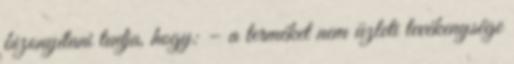
bizonyítani tudja, hogy: – a terméket nem üzleti tevékenysége